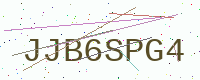
Text: JJB6SPG4